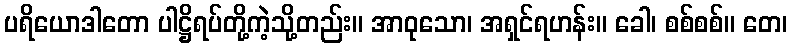
ပရိယောဒါတော ပါဋ္ဌိရပ်တို့ကဲ့သို့တည်း။ အာဝုသော၊ အရှင်ရဟန်း။ ခေါ၊ စစ်စစ်။ တေ၊